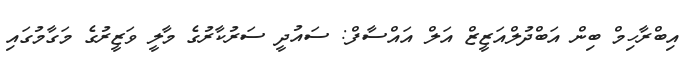
އިބްރާހިމް ބިން އަބްދުލްއަޒީޒް އަލް އައްސާފް: ސައުދީ ސަރުކާރުގެ މާލީ ވަޒީރުގެ މަގާމުގައި